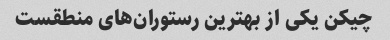
چیکن یکی از بهترین رستوران‌های منطقست